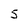
Character: 5